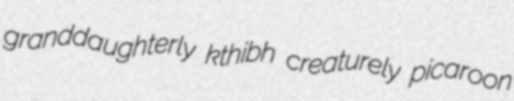
granddaughterly kthibh creaturely picaroon